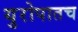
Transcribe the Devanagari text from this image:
युरोपातच